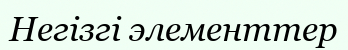
Негізгі элементтер